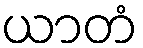
ယာတံ